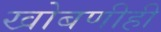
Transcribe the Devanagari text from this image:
खोबणीही